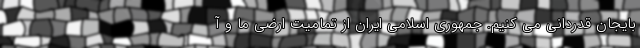
بایجان قدردانی می کنیم. جمهوری اسلامی ایران از تمامیت ارضی ما و آ